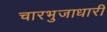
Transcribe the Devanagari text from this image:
चारभुजाधारी